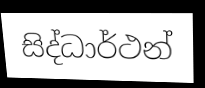
සිද්ධාර්ථන්